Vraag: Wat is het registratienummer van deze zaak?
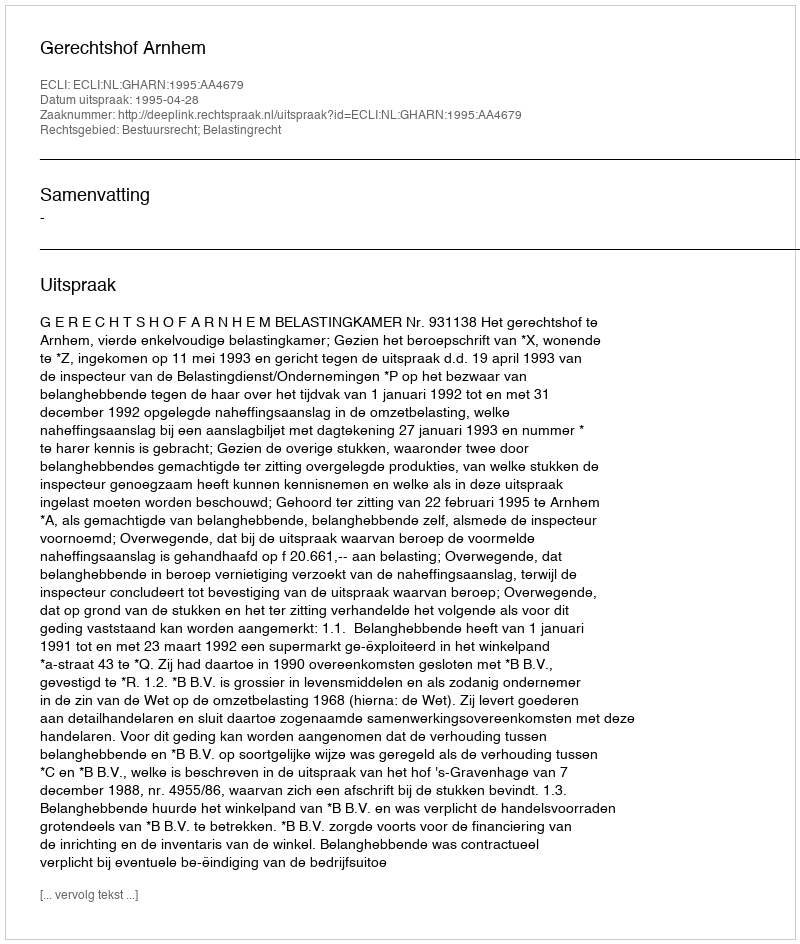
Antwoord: http://deeplink.rechtspraak.nl/uitspraak?id=ECLI:NL:GHARN:1995:AA4679